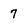
Character: 7